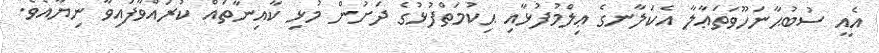
އެއީ ސުބުޙާނަހޫވަތަޢާލާ އެކަލާނގެ ޢިލްމުފުޅާއި ޙިކުމަތްފުޅުގެ ދަށުން މުޅި ކާއިނާތައް ކުރައްވާފައިވާ ނިޔާއެވެ.